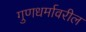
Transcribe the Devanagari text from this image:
गुणधर्मावरील